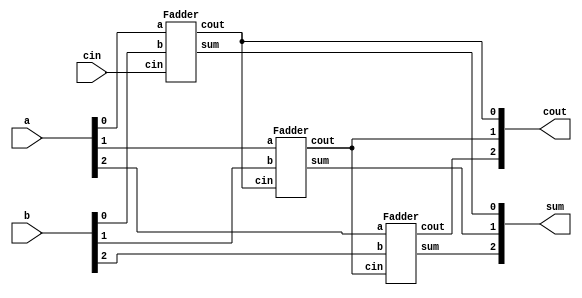
module top_module( 
    input [2:0] a, b,
    input cin,
    output [2:0] cout,
    output [2:0] sum );
    Fadder m1(a[0],b[0],cin,cout[0],sum[0]);
    Fadder m2(a[1],b[1],cout[0],cout[1],sum[1]);
    Fadder m3(a[2],b[2],cout[1],cout[2],sum[2]);

endmodule

module Fadder(
    input a, b, cin,
    output cout, sum );
    
    assign sum  = a^b^cin;
	assign cout = a&b | b&cin | a&cin;
	
endmodule